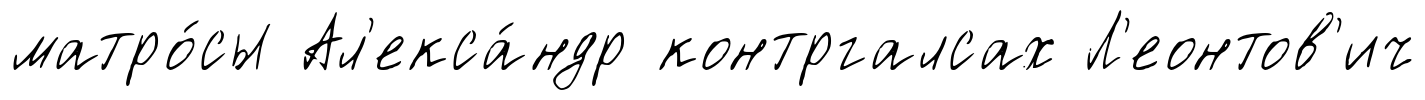
матро́сы Ал'екса́ндр контргалсах Л'еонтов'ич